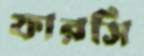
ফারসি